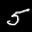
Label: 5